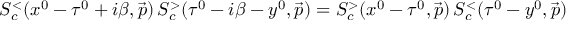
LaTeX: S _ { c } ^ { < } ( x ^ { 0 } - \tau ^ { 0 } + i \beta , \vec { p } ) \, S _ { c } ^ { > } ( \tau ^ { 0 } - i \beta - y ^ { 0 } , \vec { p } ) = S _ { c } ^ { > } ( x ^ { 0 } - \tau ^ { 0 } , \vec { p } ) \, S _ { c } ^ { < } ( \tau ^ { 0 } - y ^ { 0 } , \vec { p } )